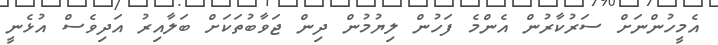
އެމީހުންނަށް ސަރުކާރުން އެންމެ ފަހުން ލިޔުމުން ދިން ޖަވާބުތަކަށް ބަލާއިރު އަދިވެސް އުޅެނީ